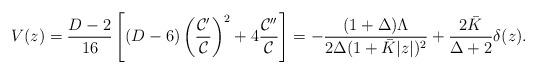
LaTeX: \begin{align*}V(z)={{D-2}\over{16}}\left[(D-6)\left({{{\cal C}^{\prime}}\over{\cal C}}\right)^2+4{{{\cal C}^{\prime\prime}}\over{\cal C}}\right]=-{{(1+\Delta)\Lambda}\over{2\Delta(1+\bar{K}|z|)^2}}+{{2\bar{K}}\over{\Delta+2}}\delta(z).\end{align*}